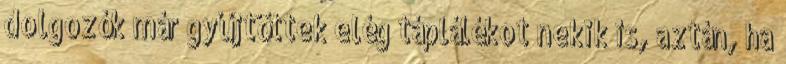
dolgozók már gyűjtöttek elég táplálékot nekik is, aztán, ha